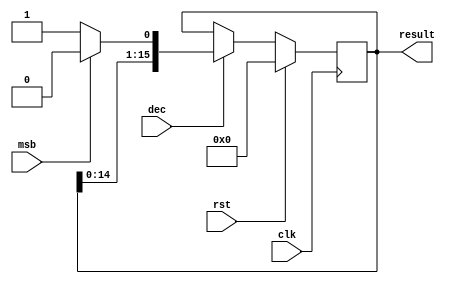
module final_result (clk, rst, dec, msb, result);
	input clk;
	input rst;
	input dec;
	input msb;
	output reg [15:0] result;

	always @(posedge clk) begin
		if(rst)
			result = 0;
		else 
			if(dec) begin
				if (msb == 0)
					result = {result[14:0], 1'b1};
				else
					result = {result[14:0], 1'b0};
			end
		end
endmodule